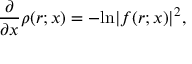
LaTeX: \frac { \partial } { \partial x } \rho ( r ; x ) = - \mathrm { l n } | f ( r ; x ) | ^ { 2 } ,